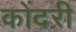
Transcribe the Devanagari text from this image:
कोंदरी